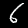
Label: 6